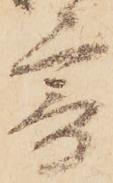
寄